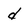
Character: d